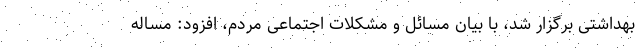
بهداشتی برگزار شد، با بیان مسائل و مشکلات اجتماعی مردم، افزود: مساله